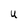
Character: U